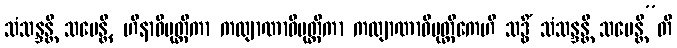
သံသန္ဒန္တိ သမေန္တိ, ဟီနာဓိမုတ္တိကာ ကလျာဏာဓိမုတ္တိကာ ကလျာဏာဓိမုတ္တိကေဟိ သဒ္ဓိံ သံသန္ဒန္တိ သမေန္တီ”တိ